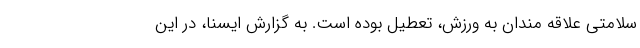
سلامتی علاقه مندان به ورزش، تعطیل بوده است. به گزارش ایسنا، در این